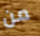
من